65_HS1-834228961_62-HQ-83894_Section_10
Agency: FBI
Page 9
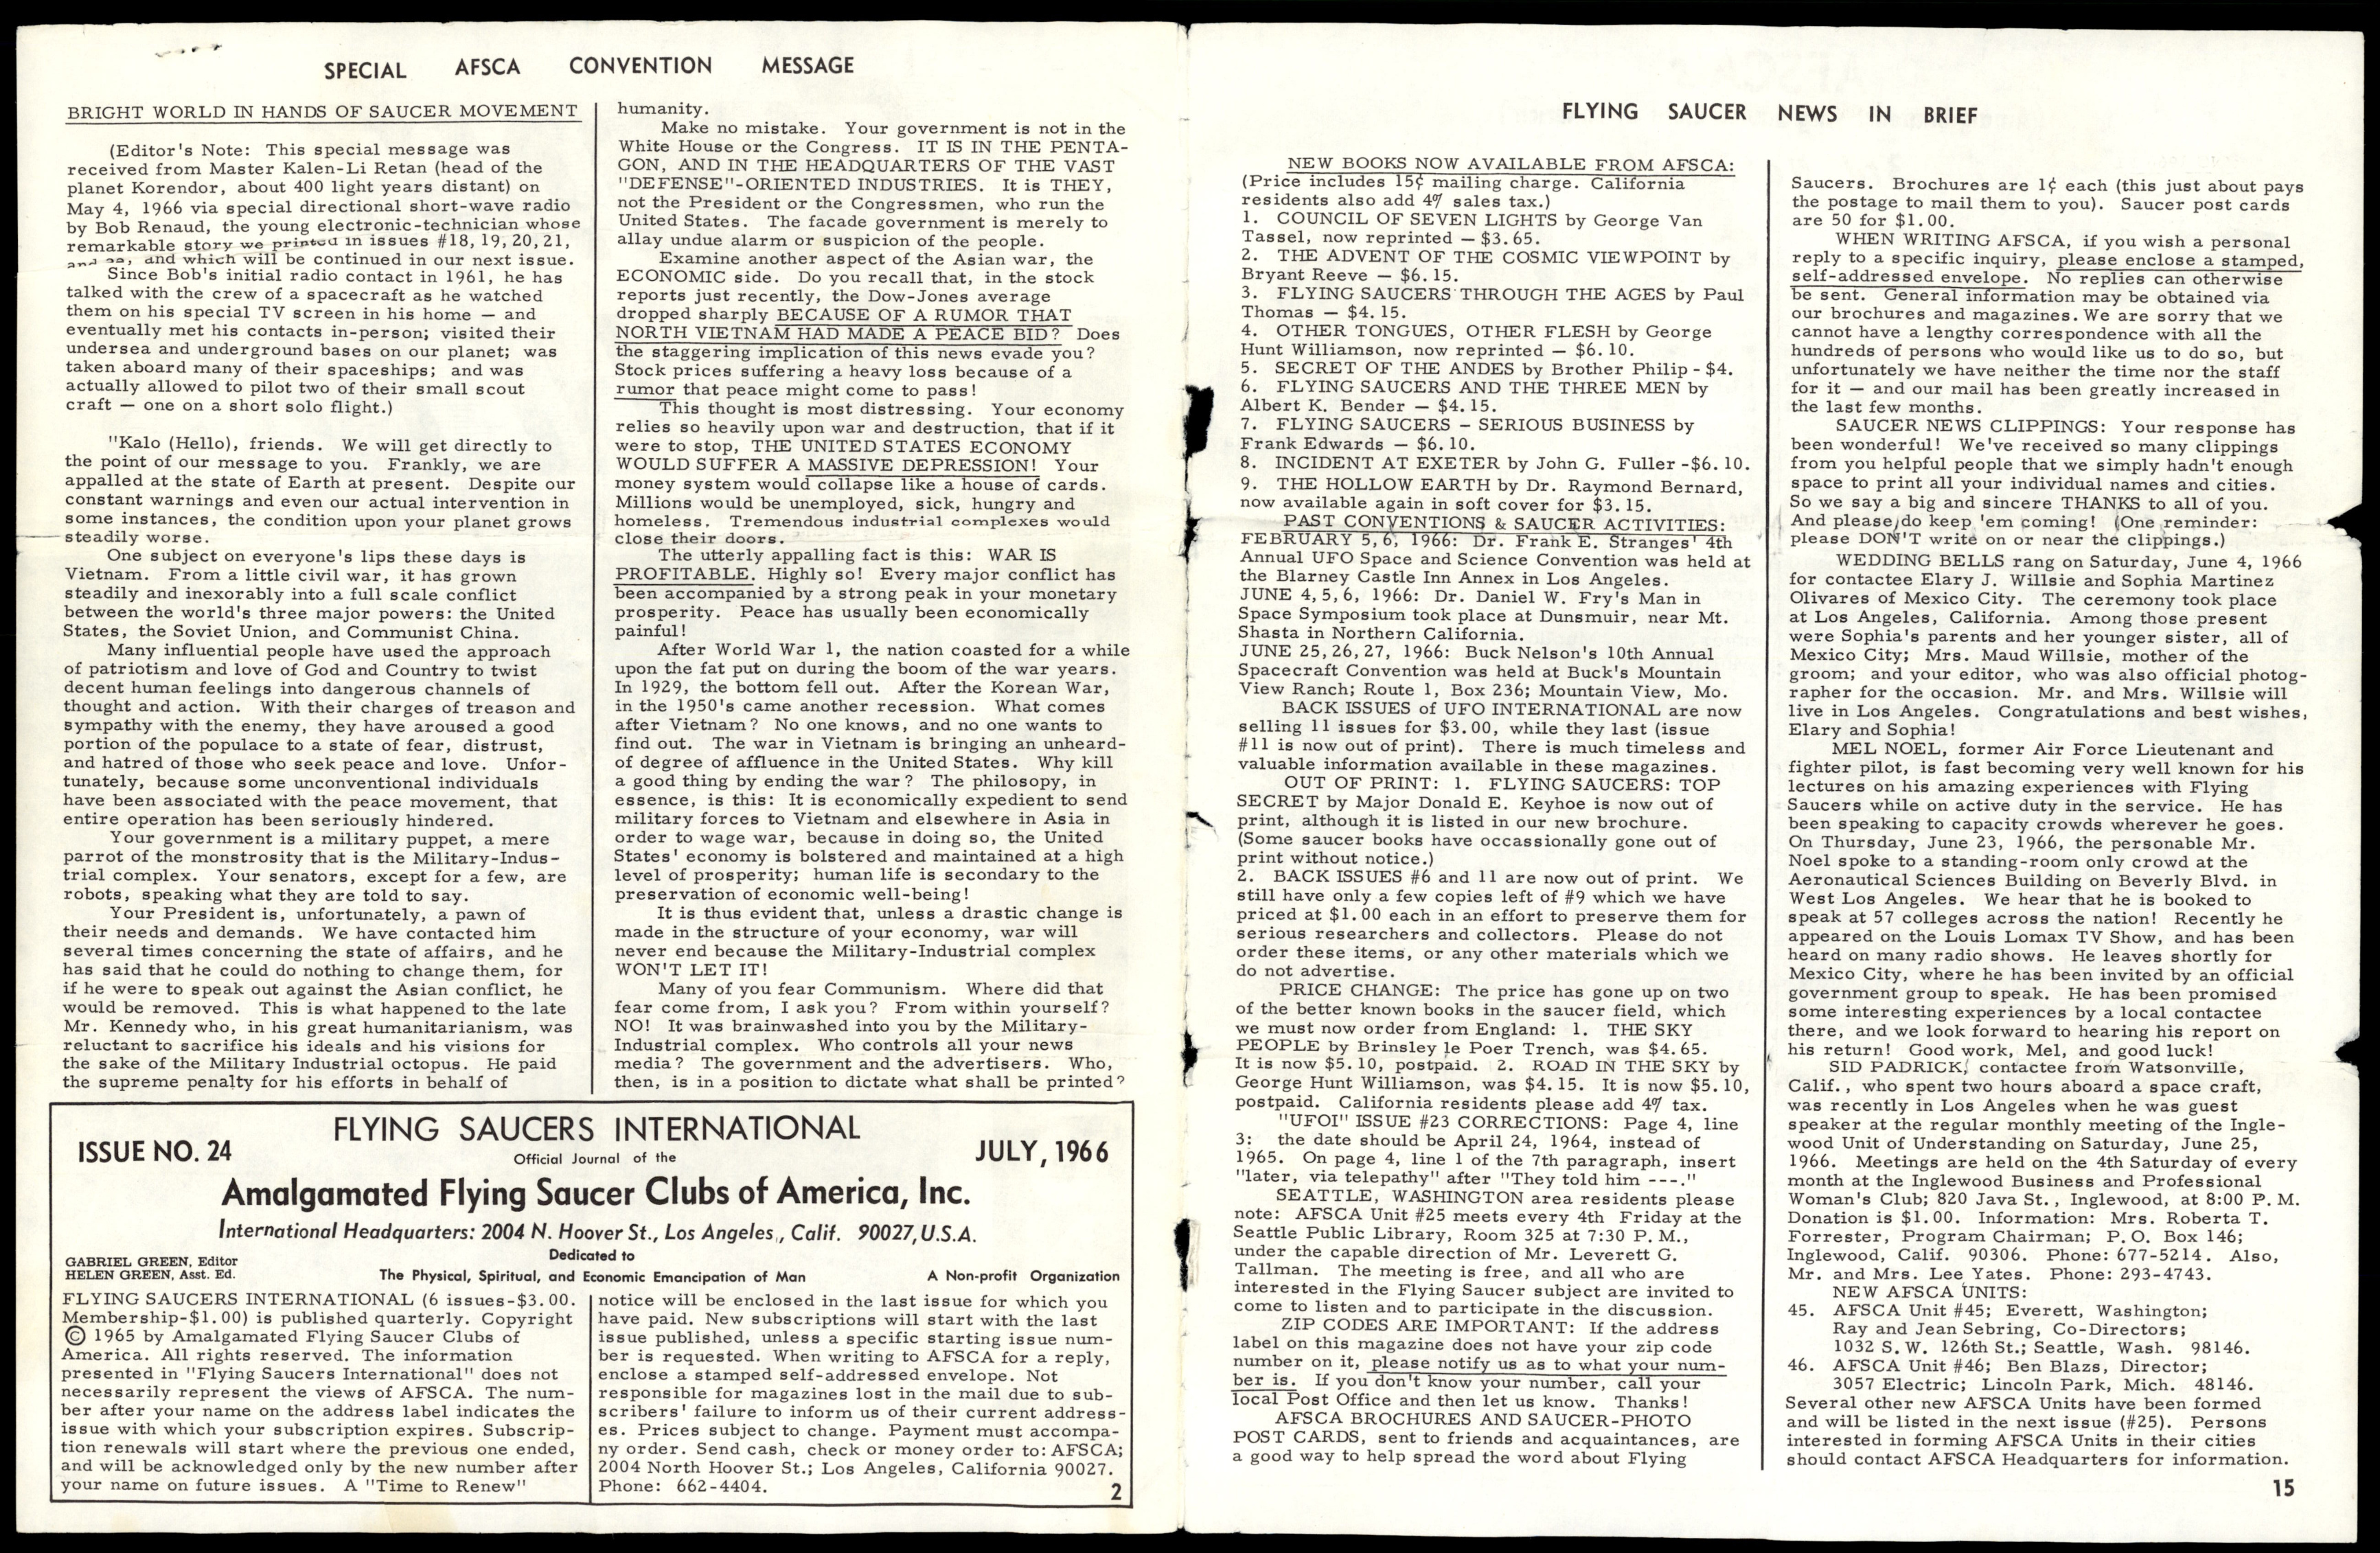